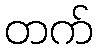
တက်